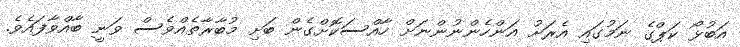
އަބުޅޯ ކަޕްގެ ނަމުގައި އެރަށު އަންހެންނުންނަށް ހާއްސަކޮށްގެން ބަށި މުބާރާތެއްވެސް ވަނީ ބާއްވާފައެވެ.